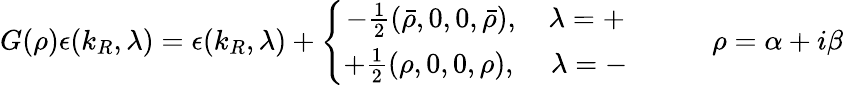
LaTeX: G(\rho)\epsilon(k_{R},\lambda)=\epsilon(k_{R},\lambda)+\left\{ \begin{array}{c}{{-\frac{1}{2}\left(\bar{\rho},0,0,\bar{\rho}\right),\, \, \, \, \, \, \lambda=+}}\\ {{+\frac{1}{2}\left(\rho,0,0,\rho\right),\, \, \, \, \, \, \, \lambda=-}}\end{array}\right.\, \, \, \, \, \, \, \, \, \, \, \, \, \, \, \, \, \, \rho=\alpha+i\beta